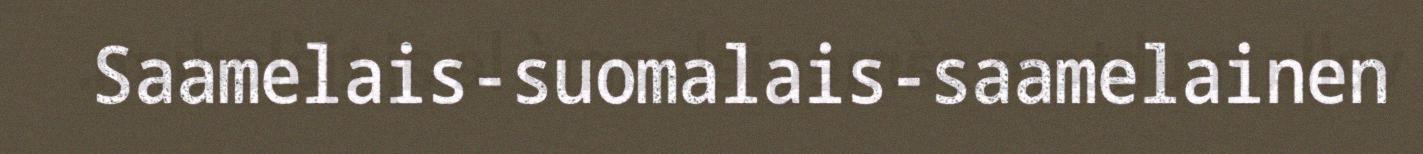
Saamelais-suomalais-saamelainen